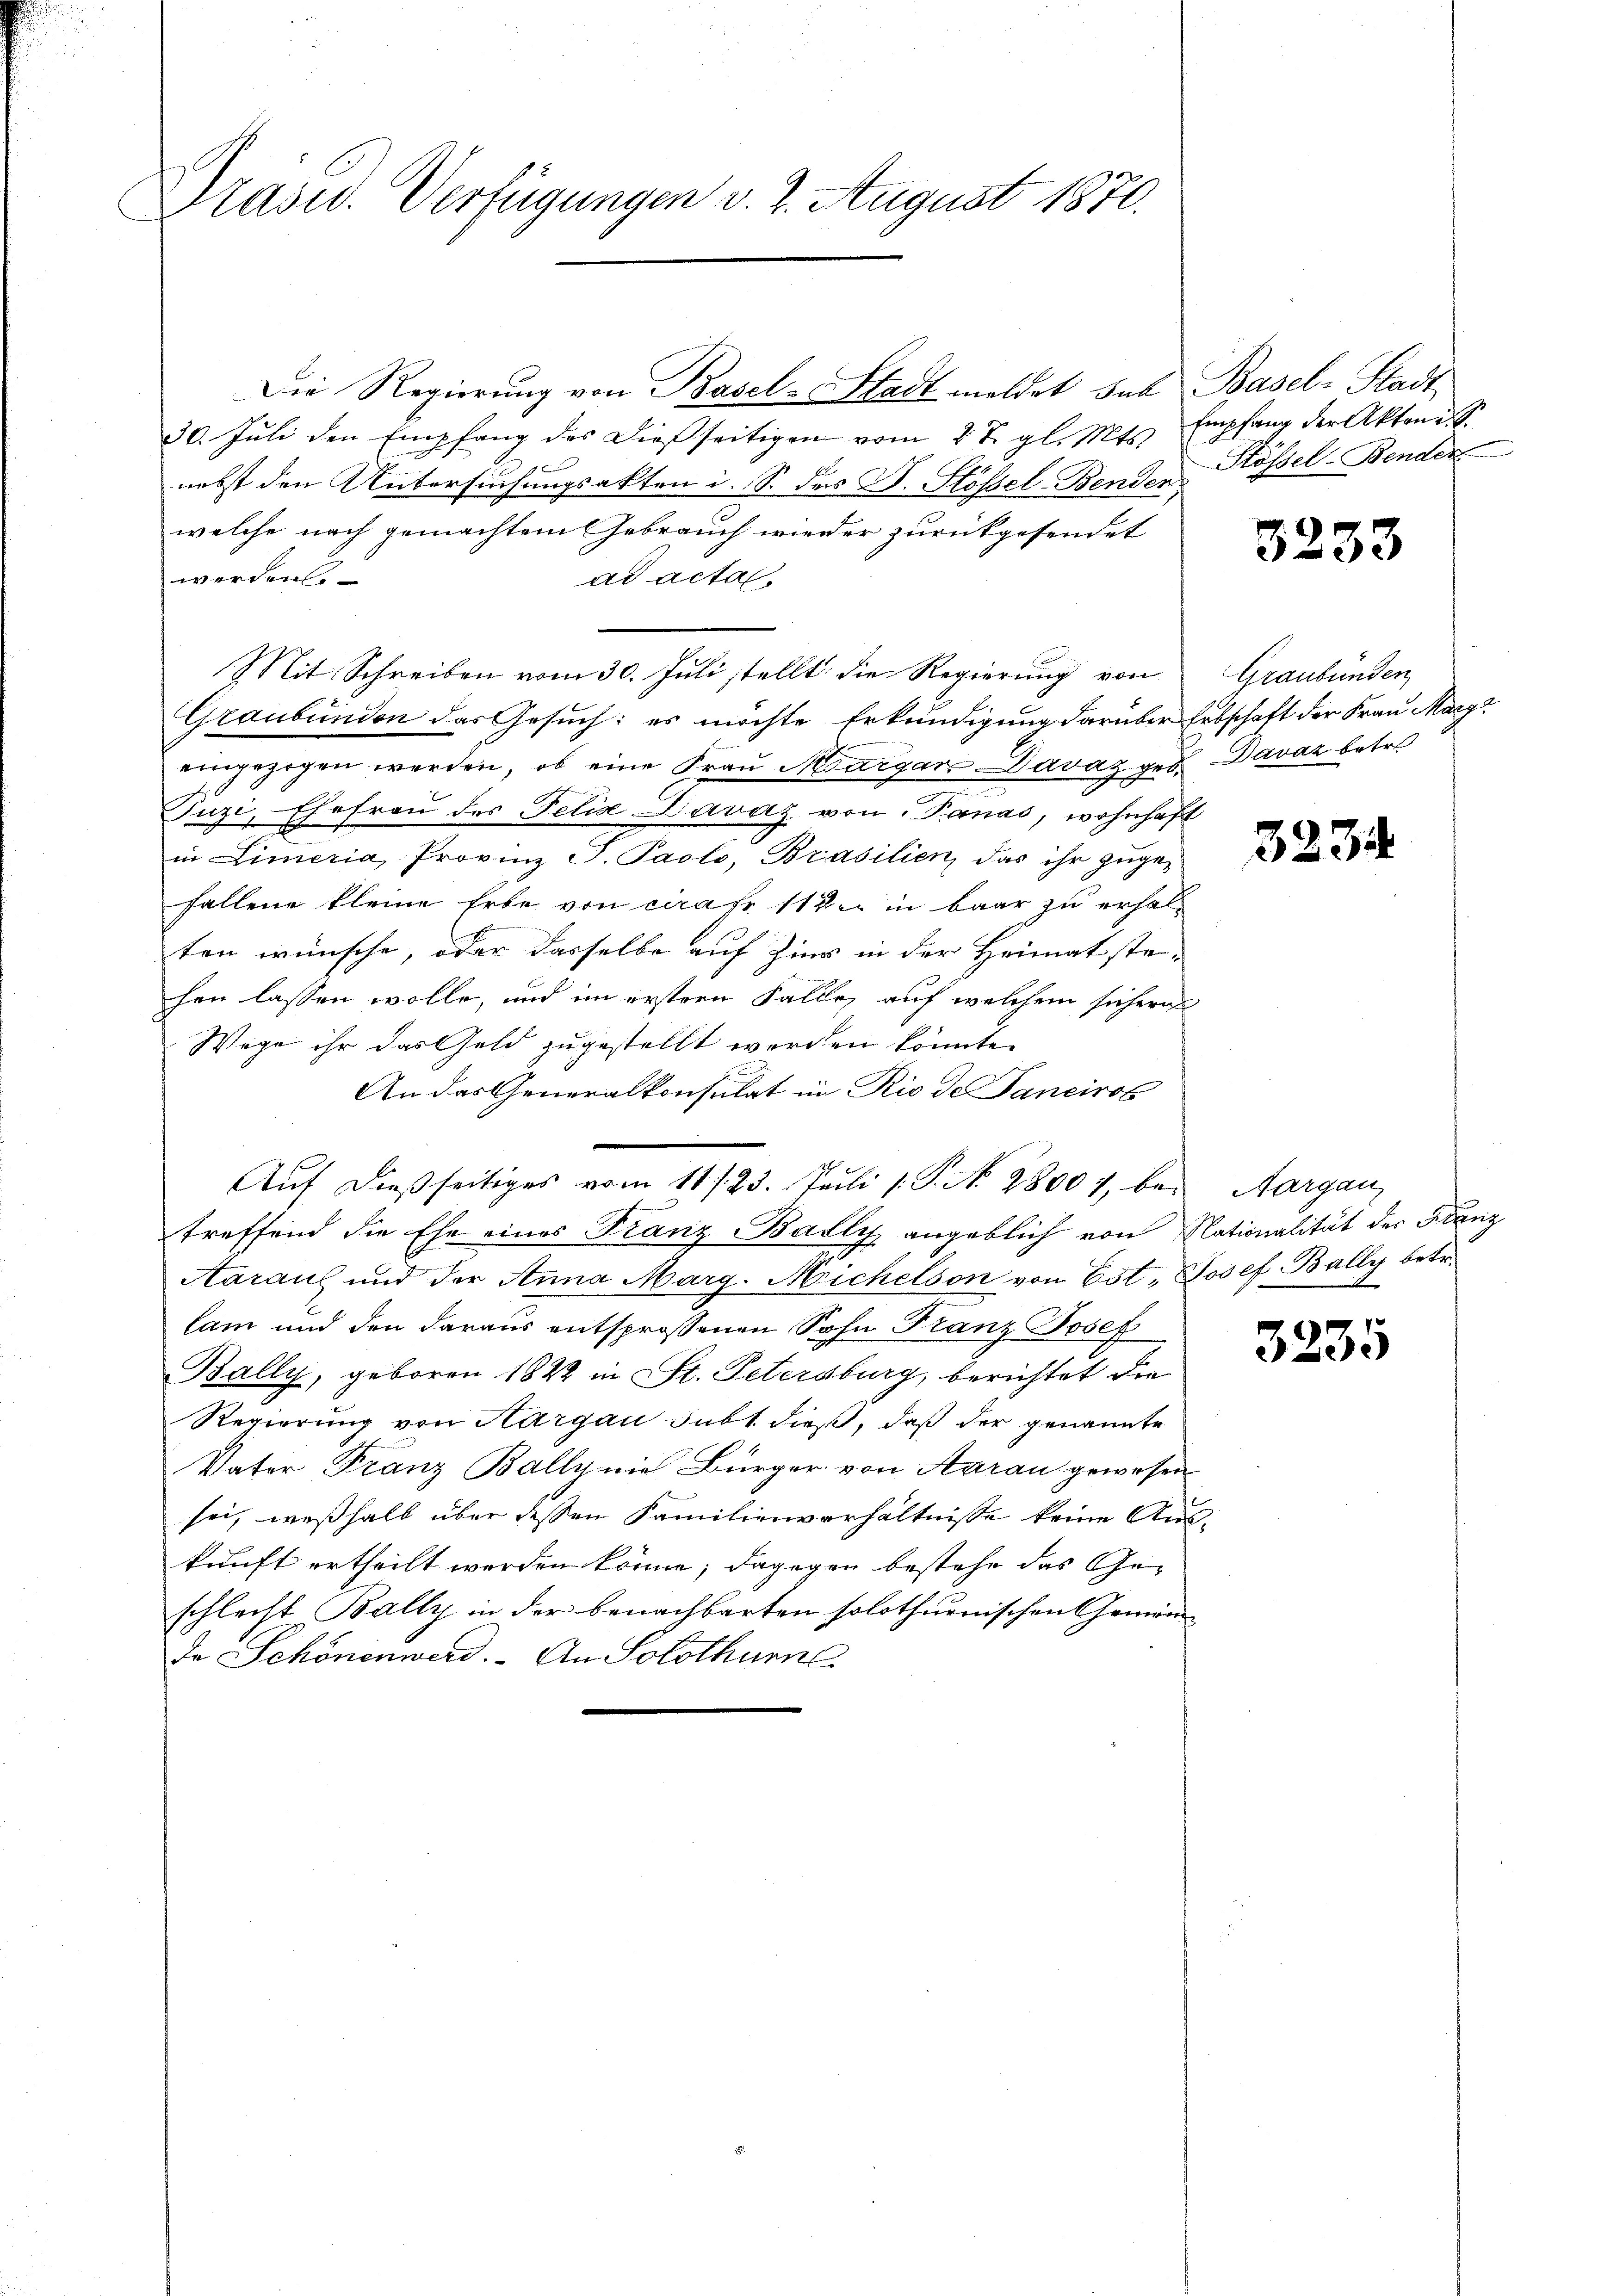
Präsid. Verfügungen v. 2. August 1870.

30. Jŭli den Empfang des dießseitigen vom 27. gl. Mts. Empfang der Akten. S
nebst den Untersuchungsakten i. S. der D. Stößel Bender Klössel-Bender
welche nach gemachtem Gebrauch wieder zurückgesendet
werden.
ad acta.
Mit Schreiben vom 30. Juli stellt die Regierung von
Graubünden das Gesuch: es möchte Erkundigung darüber Erbschaft der Frau Marga
eingezogen werden, ob eine Frau Margar-Davaz geb. Davaz betr.
Puzi, Ehefrau des Felis Davaz von Panas, wohnhaft
in Limeria, Provinz S. Paolo, Brasilien, das ihr zuge-
fallene kleine Erbe von curato 114. in baar zu erhalten wünsche, oder dasselbe auf Zins in der Heimatstehen lassen wolle, und im erstern Falle auf welchem sichern
Wege ihr das Geld zugestellt werden könnte.
An das Generalkonsulat in Rio de Tancirob
Auf dießseitiges vom 11 f. 23. Juli 1. P. N. 28007, bei Aargau,
treffend die Ehe eines Franz Wallis angeblich von Nationalität der Franz
Aarauf und der Anna Marg. Michelson von Est, Josef Bally betr.
lam und den daraus entsprossenen Sohn Franz Josef
Bally, geboren 1822 in St. Petersburg, berichtet die
Regierung von Aargau subt dieß, daß der genannte
Vater Franz Bally nie Bürger von Aarau gewesen
sei, weßhalb über dessen Familienverhältnisse keine Auskunft ertheilt werden könne; dagegen bestehe das Geschlecht Bally in der benachbarten solothurnischen Gemein-
de Schönenwerd. An Solothurn

Die Regierung von Basel-Stadt meldet das Basel-Stadt

3233

Graubünden

3234

.

3235